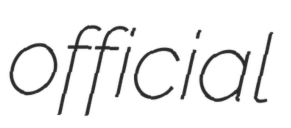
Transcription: official